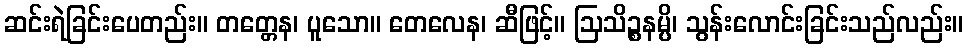
ဆင်းရဲခြင်းပေတည်း။ တတ္တေန၊ ပူသော။ တေလေန၊ ဆီဖြင့်။ ဩသိဉ္စနမ္ပိ၊ သွန်းလောင်းခြင်းသည်လည်း။